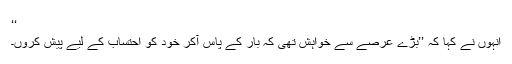
‘‘
انہوں نے کہا کہ ’’بڑے عرصے سے خواہش تھی کہ بار کے پاس آکر خود کو احتساب کے لیے پیش کروں۔